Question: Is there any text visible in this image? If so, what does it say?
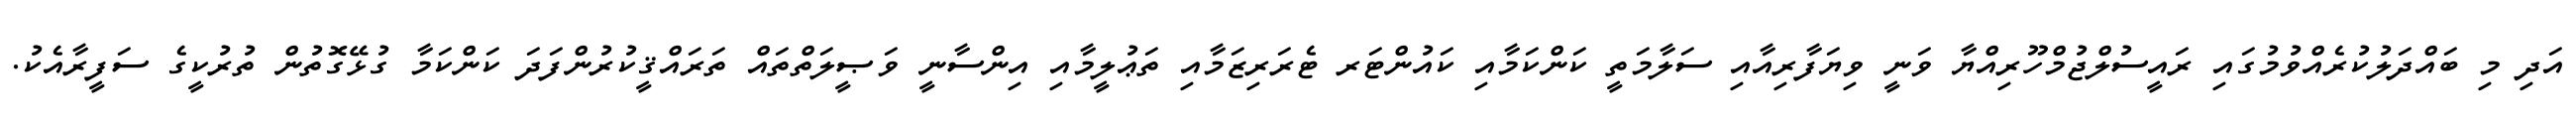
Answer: އަދި މި ބައްދަލުކުރެއްވުމުގައި ރައީސުލްޖުމްހޫރިއްޔާ ވަނީ ވިޔަފާރިއާއި ސަލާމަތީ ކަންކަމާއި ކައުންޓަރ ޓެރަރިޒަމާއި ތަޢުލީމާއި އިންސާނީ ވަޞީލަތްތައް ތަރައްޤީކުރުންފަދަ ކަންކަމާ ގުޅޭގޮތުން ތުރުކީގެ ސަފީރާއެކު.